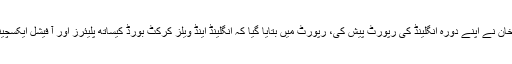
اجلاس کے دوران ایم ڈی وسیم خان نے اپنے دورہ انگلینڈ کی رپورٹ پیش کی، رپورٹ میں بتایا گیا کہ انگلینڈ اینڈ ویلز کرکٹ بورڈ کیساتھ پلیئرز اور آ فیشل ایکسچینج پروگرام شروع کیا جائے گا۔